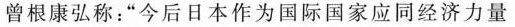
曾根康弘称：”今后日本作为国际国家应同经济力量